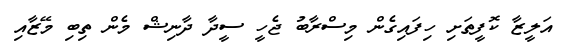
އަލީޒާ ކޮފީތަށި ހިފައިގެން މިސްރާބު ޖެހީ ސީދާ ދާނިޝް މެން ތިބި މޭޒާއި